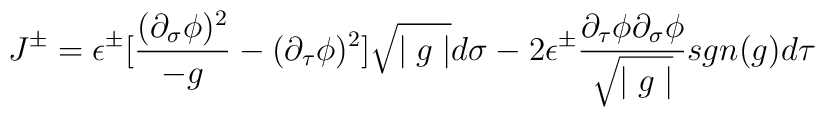
J^\pm = \epsilon^\pm[\frac{(\partial_\sigma \phi)^2}{- g} -(\partial_\tau \phi)^2]{\sqrt{\mid g \mid}} d\sigma - 2\epsilon^\pm \frac{{\partial_\tau}\phi{\partial_\sigma}\phi}{\sqrt{\mid g \mid}} sgn(g) d\tau